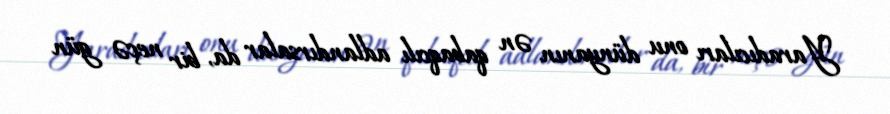
Yaradıcıları onu dünyanın ən qabaqcılı adlandırsalar da, bir neçə gün